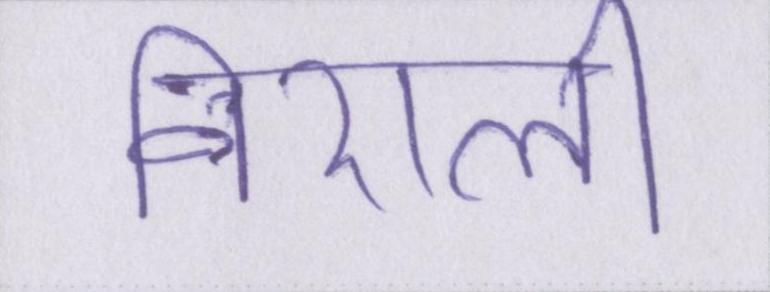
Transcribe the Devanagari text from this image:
निराली